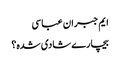
ایم جبران عباسی
بیچارے شادی شدہ؟